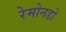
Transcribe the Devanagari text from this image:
रेमोनडो